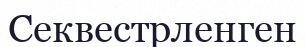
Секвестрленген